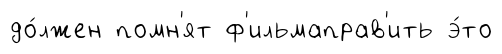
до́лжен помн'ят ф'ильмаправ'ить э́то